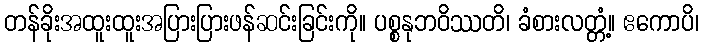
တန်ခိုးအထူးထူးအပြားပြားဖန်ဆင်းခြင်းကို။ ပစ္စနုဘဝိဿတိ၊ ခံစားလတ္တံ့။ ဧကောပိ၊